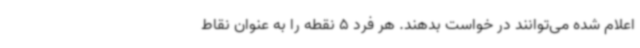
اعلام‌ شده می‌توانند در خواست بدهند. هر فرد 5 نقطه را به عنوان نقاط